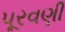
પૂરવણી